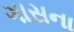
ગાસના